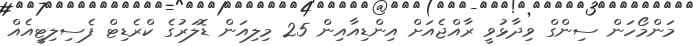
މަންމޯހަން ސިންގް ވިދާޅުވީ ރާއްޖެއަށް އިންޑިއާއިން 25 މިލިއަން ޑޮލަރުގެ ކްރެޑިޓް ފެސިލިޓީއެއް